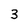
Character: 3